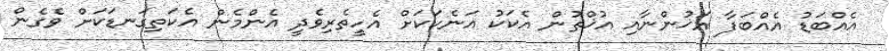
އެއްބަޑު އެއްބަފާ އަޚުންނާއި އުޚްތުން އެކަކު އަނެކަކަށް އެހީތެރިވެދީ އެންމެން އެކަތިގަނޑަކަށް ވެގެން